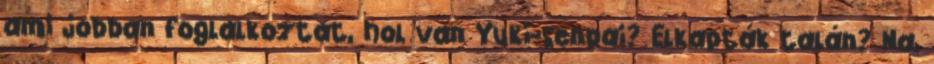
ami jobban foglalkoztat, hol van Yuki-senpai? Elkapták talán? Na,